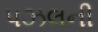
પઝલની